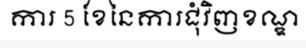
ការ 5 ខែនៃការជុំវិញខណ្ឌ